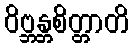
ဝိဗ္ဘန္တစိတ္တာတိ